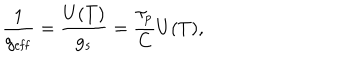
LaTeX: \frac { 1 } { g _ { \mathrm { e f f } } } = \frac { U ( T ) } { g _ { s } } = \frac { \tau _ { p } } { C } U ( T ) ,